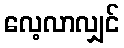
လေ့လာလျှင်